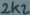
Text: 2k2